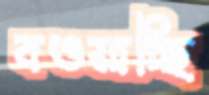
বওয়াচ্ছি